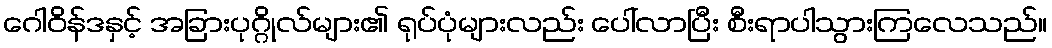
ဂေါဝိန်ဒနှင့် အခြားပုဂ္ဂိုလ်များ၏ ရုပ်ပုံများလည်း ပေါ်လာပြီး စီးရာပါသွားကြလေသည်။